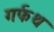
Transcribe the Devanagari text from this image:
गर्फथ